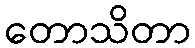
တောသိတာ